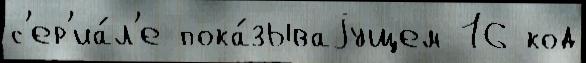
с'ер'иа́л'е пока́зываjущем 16 код